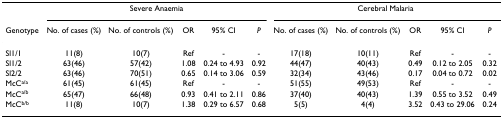
|  | <COLSPAN=5> Severe Anaemia | <COLSPAN=5> Cerebral Malaria |
 | Genotype | No. of cases (%) | No. of controls (%) | OR | 95% CI | P | No. of cases (%) | No. of controls (%) | OR | 95% CI | P |
 | --- | --- | --- | --- | --- | --- | --- | --- | --- | --- | --- |
 | Sl1/1 | 11(8) | 10(7) | Ref | - | - | 17(18) | 10(11) | Ref | - | - |
 | Sl1/2 | 63(46) | 57(42) | 1.08 | 0.24 to 4.93 | 0.92 | 44(47) | 40(43) | 0.49 | 0.12 to 2.05 | 0.32 |
 | Sl2/2 | 63(46) | 70(51) | 0.65 | 0.14 to 3.06 | 0.59 | 32(34) | 43(46) | 0.17 | 0.04 to 0.72 | 0.02 |
 | McCa/a | 61(45) | 61(45) | Ref | - | - | 51(55) | 49(53) | Ref | - | - |
 | McCa/b | 65(47) | 66(48) | 0.93 | 0.41 to 2.11 | 0.86 | 37(40) | 40(43) | 1.39 | 0.55 to 3.52 | 0.49 |
 | McCb/b | 11(8) | 10(7) | 1.38 | 0.29 to 6.57 | 0.68 | 5(5) | 4(4) | 3.52 | 0.43 to 29.06 | 0.24 |